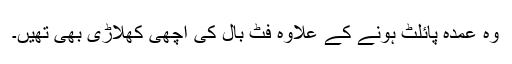
وہ عمدہ پائلٹ ہونے کے علاوہ فٹ بال کی اچھی کھلاڑی بھی تھیں۔